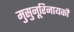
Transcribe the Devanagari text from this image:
मुसुनूरिनायकौ